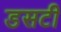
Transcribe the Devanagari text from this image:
डसटी